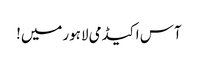
آس اکیڈمی لاہورمیں!